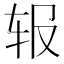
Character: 𬨃